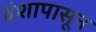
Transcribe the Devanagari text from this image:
वंशापासून